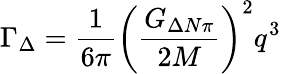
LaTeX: \Gamma_{\Delta}={\frac{1}{6\pi}}\left({\frac{G_{\Delta N\pi}}{2M}}\right)^{2}q^{3}